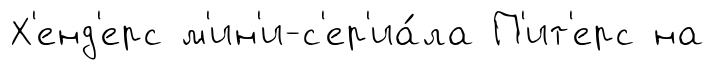
Х'енд'ерс м'ин'и-с'ер'иа́ла П'ит'ерс на